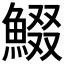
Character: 𩸯